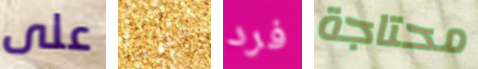
على أتقاعد فرد محتاجة